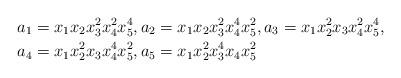
LaTeX: \begin{align*} a_1 &= x_1x_2x_3^{2}x_4^{2}x_5^{4}, a_2 = x_1x_2x_3^{2}x_4^{4}x_5^{2}, a_3 = x_1x_2^{2}x_3x_4^{2}x_5^{4}, \\ a_4 &= x_1x_2^{2}x_3x_4^{4}x_5^{2}, a_5 = x_1x_2^{2}x_3^{4}x_4x_5^{2}\end{align*}